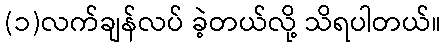
(၁)လက်ချန်လပ် ခဲ့တယ်လို့ သိရပါတယ်။